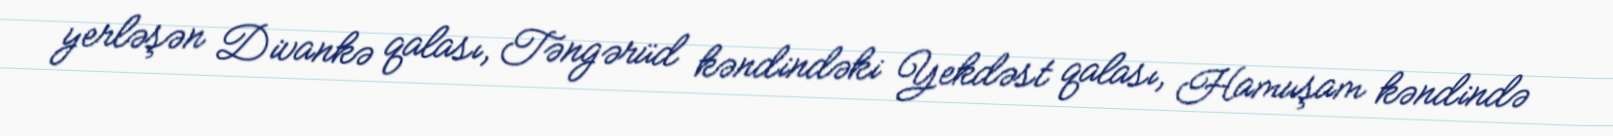
yerləşən Divankə qalası, Təngərüd kəndindəki Yekdəst qalası, Hamuşam kəndində